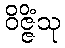
ဝိဇ္ဇိံသု